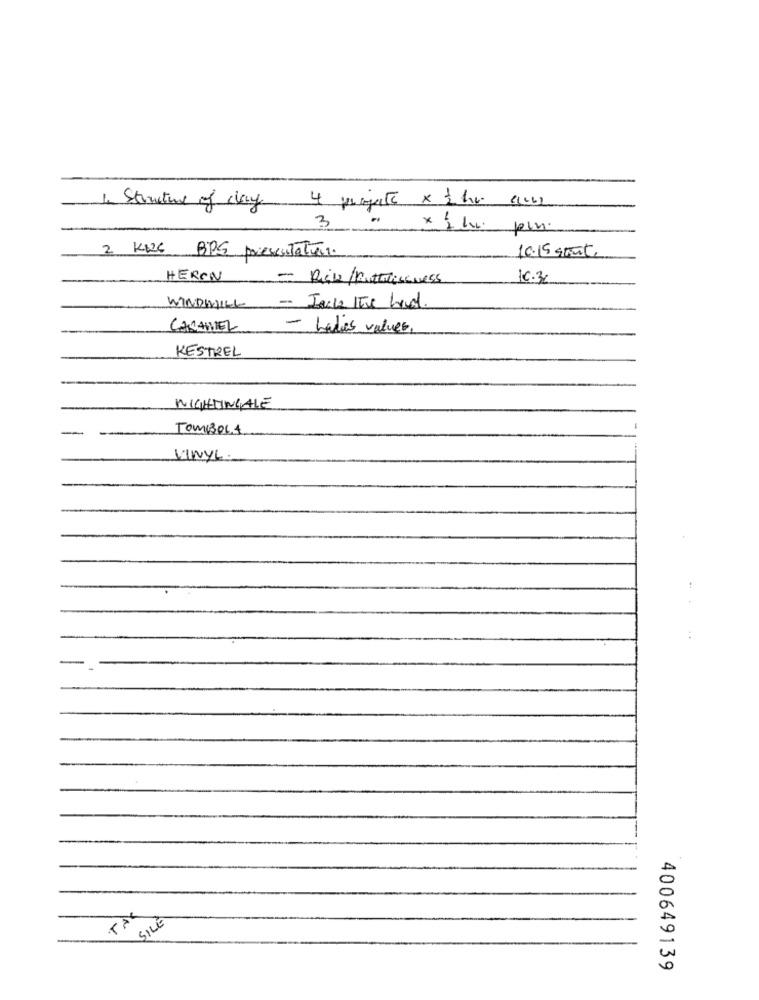
4 progute x 2 hr. 2002
In Structure of day
3
pin.
2 KIC BPS presentation.
10.15 grant.
HERON
= Picks /potatisguess
16.3
WINDWILL - Jacke The hand
CARAMEL
- Ladies values.
KESTREL
NIGHTINGALE
TOM1306.4
VINYL.
TAX
SILE
400649139